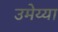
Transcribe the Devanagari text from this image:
उमेय्या